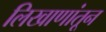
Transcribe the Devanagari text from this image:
लिखाणांतून